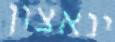
ינאצון